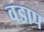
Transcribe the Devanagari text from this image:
वडाप